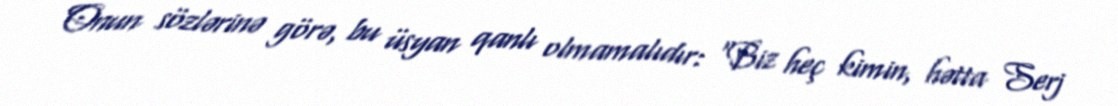
Onun sözlərinə görə, bu üsyan qanlı olmamalıdır: “Biz heç kimin, hətta Serj